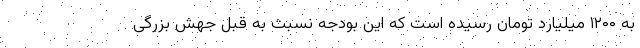
به ۱۲۰۰ میلیارد تومان رسیده است که این بودجه نسبت به قبل جهش بزرگی